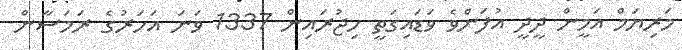
މަރިޔަމް އަމީން ދީދީ އުފަންވެ ވަޑައިގަތީ ހިޖުރައިން 1337 ވަނަ އަހަރުގެ ރަމަޟާން